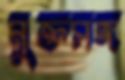
মুক্তসঙ্গ